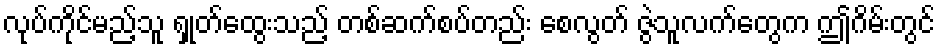
လုပ်ကိုင်မည့်သူ ရှုတ်ထွေးသည့် တစ်ဆက်စပ်တည်း စေလွတ် ဇွဲသူလက်တွေက ဤဂိမ်းတွင်